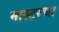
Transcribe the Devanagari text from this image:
मास्टरचा